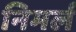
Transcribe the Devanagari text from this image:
निमर्ल